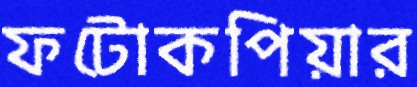
ফটোকপিয়ার